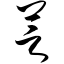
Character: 芝